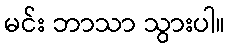
မင်း ဘာသာ သွားပါ။